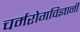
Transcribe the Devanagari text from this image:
चर्मरोगविज्ञानी